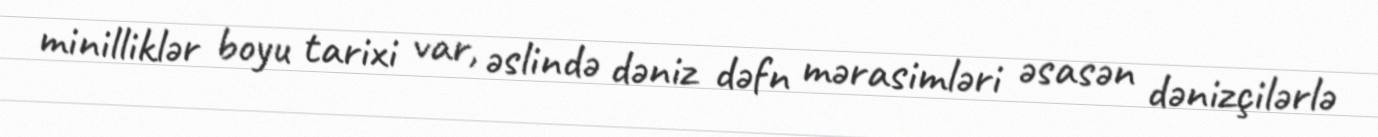
minilliklər boyu tarixi var, əslində dəniz dəfn mərasimləri əsasən dənizçilərlə